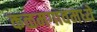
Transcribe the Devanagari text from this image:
कळमगावमध्ये